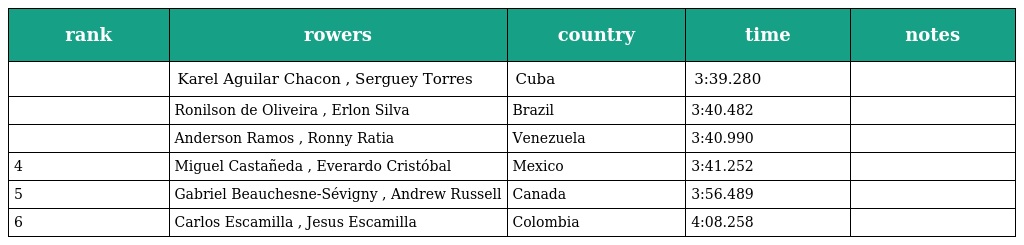
| rank | rowers | country | time | notes |
 | --- | --- | --- | --- | --- |
 |  | Karel Aguilar Chacon , Serguey Torres | Cuba | 3:39.280 |  |
 |  | Ronilson de Oliveira , Erlon Silva | Brazil | 3:40.482 |  |
 |  | Anderson Ramos , Ronny Ratia | Venezuela | 3:40.990 |  |
 | 4 | Miguel Castañeda , Everardo Cristóbal | Mexico | 3:41.252 |  |
 | 5 | Gabriel Beauchesne-Sévigny , Andrew Russell | Canada | 3:56.489 |  |
 | 6 | Carlos Escamilla , Jesus Escamilla | Colombia | 4:08.258 |  |